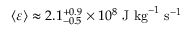
\left\langle \varepsilon \right\rangle \approx 2 . 1 _ { - 0 . 5 } ^ { + 0 . 9 } \times 1 0 ^ { 8 } ~ \mathrm { J } ~ \mathrm { k g } ^ { - 1 } ~ \mathrm { s } ^ { - 1 }